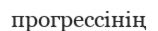
прогрессінің